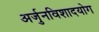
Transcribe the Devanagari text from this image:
अर्जुनविशादयोग